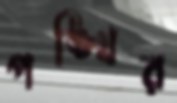
পঙ্খির